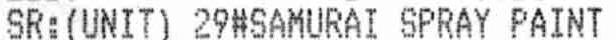
SR:(UNIT) 29#SAMURAI SPRAY PAINT